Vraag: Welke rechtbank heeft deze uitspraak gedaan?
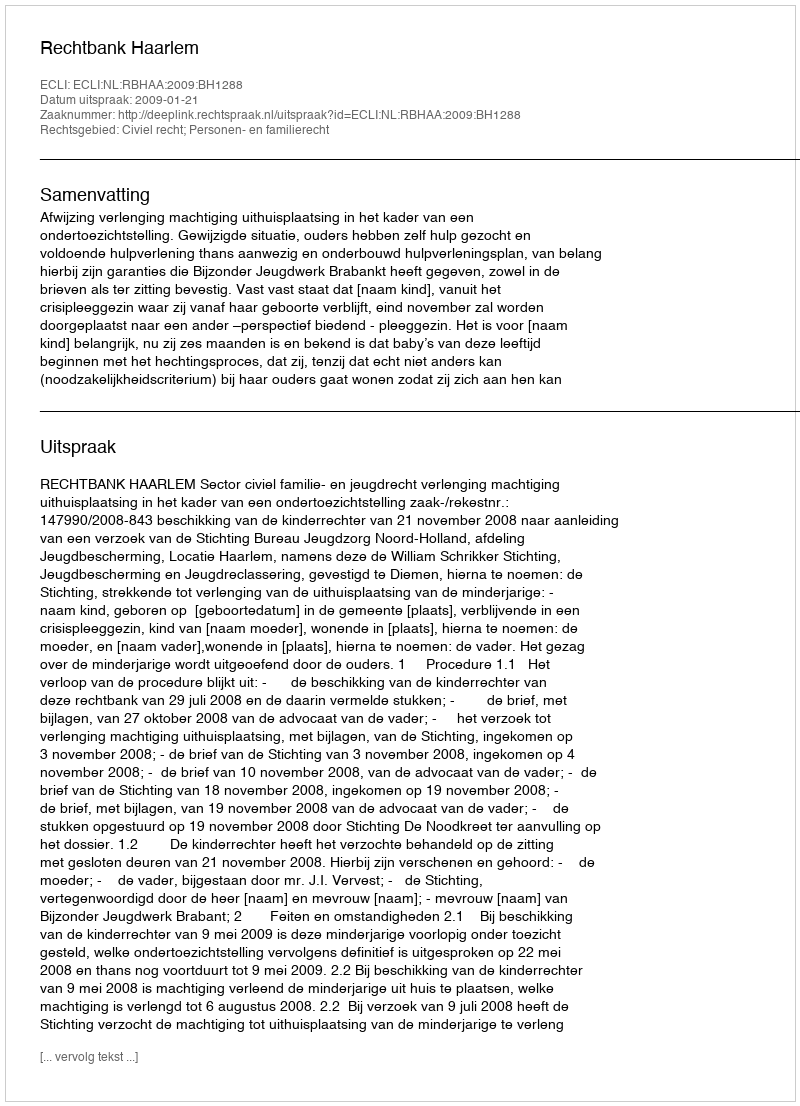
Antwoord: Rechtbank Haarlem